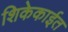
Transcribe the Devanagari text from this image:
शिकेकाईत